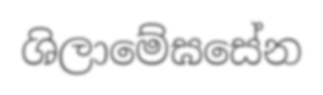
ශිලාමේඝසේන